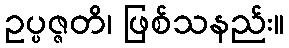
ဥပ္ပဇ္ဇတိ၊ ဖြစ်သနည်း။